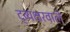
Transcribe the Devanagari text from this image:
द्व्यक्षरवाले